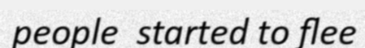
people  started to flee